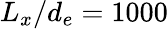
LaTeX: L_{x}/d_{e}=1000